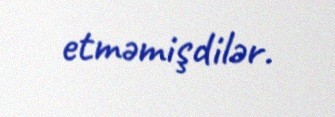
etməmişdilər.